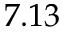
7 . 1 3